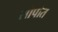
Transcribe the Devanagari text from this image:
सोपोत